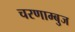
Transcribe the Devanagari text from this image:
चरणाम्बुज